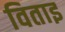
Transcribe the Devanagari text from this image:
विताइ